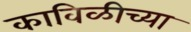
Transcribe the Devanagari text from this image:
काविळीच्या